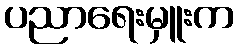
ပညာရေးမှူးက